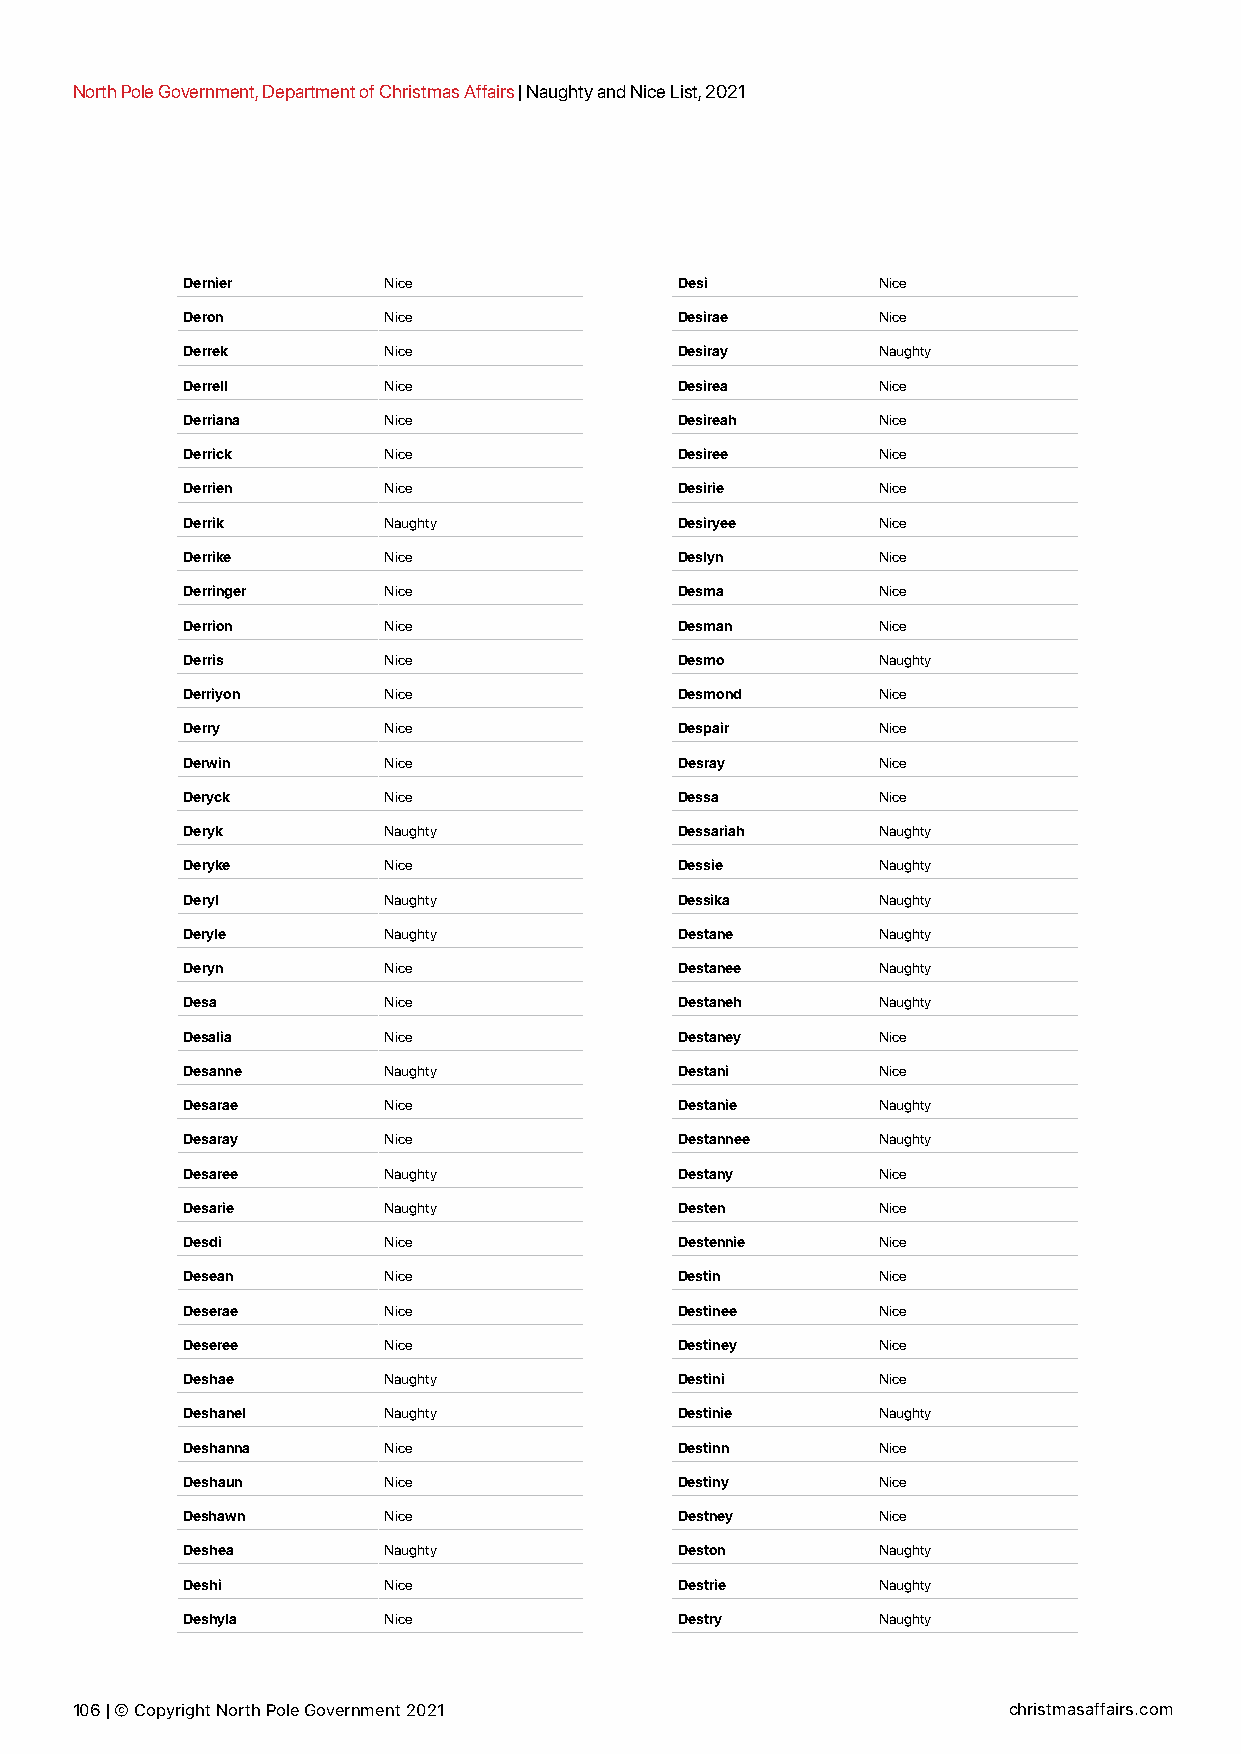
North Pole Government, Department of Christmas Affairs | Naughty and Nice List, 2021
 Dernier      Nice                Desi         Nice
 Deron        Nice                Desirae      Nice
 Derrek       Nice                Desiray      Naughty
 Derrell      Nice                Desirea      Nice
 Derriana     Nice                Desireah     Nice
 Derrick      Nice                Desiree      Nice
 Derrien      Nice                Desirie      Nice
 Derrik       Naughty             Desiryee     Nice
 Derrike      Nice                Deslyn       Nice
 Derringer    Nice                Desma        Nice
 Derrion      Nice                Desman       Nice
 Derris       Nice                Desmo        Naughty
 Derriyon     Nice                Desmond      Nice
 Derry        Nice                Despair      Nice
 Derwin       Nice                Desray       Nice
 Deryck       Nice                Dessa        Nice
 Deryk        Naughty             Dessariah    Naughty
 Deryke       Nice                Dessie       Naughty
 Deryl        Naughty             Dessika      Naughty
 Deryle       Naughty             Destane      Naughty
 Deryn        Nice                Destanee     Naughty
 Desa         Nice                Destaneh     Naughty
 Desalia      Nice                Destaney     Nice
 Desanne      Naughty             Destani      Nice
 Desarae      Nice                Destanie     Naughty
 Desaray      Nice                Destannee    Naughty
 Desaree      Naughty             Destany      Nice
 Desarie      Naughty             Desten       Nice
 Desdi        Nice                Destennie    Nice
 Desean       Nice                Destin       Nice
 Deserae      Nice                Destinee     Nice
 Deseree      Nice                Destiney     Nice
 Deshae       Naughty             Destini      Nice
 Deshanel     Naughty             Destinie     Naughty
 Deshanna     Nice                Destinn      Nice
 Deshaun      Nice                Destiny      Nice
 Deshawn      Nice                Destney      Nice
 Deshea       Naughty             Deston       Naughty
 Deshi        Nice                Destrie      Naughty
 Deshyla      Nice                Destry       Naughty
 106 | © Copyright North Pole Government 2021                  christmasaffairs.com